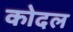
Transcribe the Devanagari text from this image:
कोदल